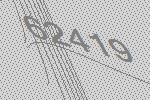
62419